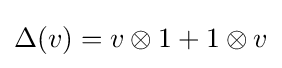
\Delta (v)=v\otimes 1+1\otimes v